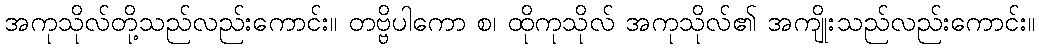
အကုသိုလ်တို့သည်လည်းကောင်း။ တဗ္ဗိပါကော စ၊ ထိုကုသိုလ် အကုသိုလ်၏ အကျိုးသည်လည်းကောင်း။